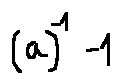
( a ) ^ { - 1 } - 1